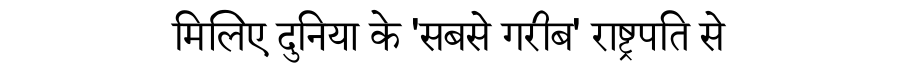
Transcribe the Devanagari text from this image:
मिलिए दुनिया के 'सबसे गरीब' राष्ट्रपति से